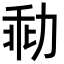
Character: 㔞